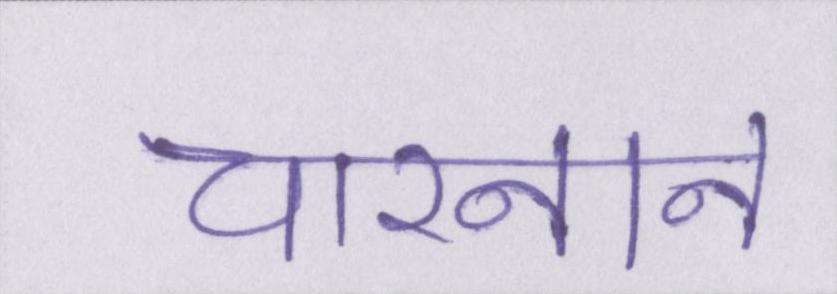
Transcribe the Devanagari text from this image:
चारनान